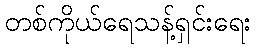
တစ်ကိုယ်ရေသန့်ရှင်းရေး